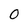
Character: O